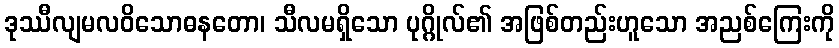
ဒုဿီလျမလဝိသောဓနတော၊ သီလမရှိသော ပုဂ္ဂိုလ်၏ အဖြစ်တည်းဟူသော အညစ်ကြေးကို